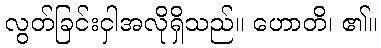
လွတ်ခြင်းငှါအလိုရှိသည်။ ဟောတိ၊ ၏။